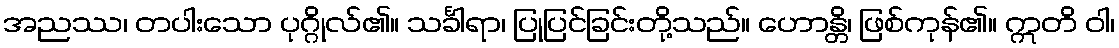
အညဿ၊ တပါးသော ပုဂ္ဂိုလ်၏။ သင်္ခါရာ၊ ပြုပြင်ခြင်းတို့သည်။ ဟောန္တိ၊ ဖြစ်ကုန်၏။ ဣတိ ဝါ၊